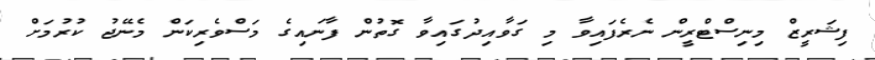
ފިޝަރީޒް މިނިސްޓްރީން ނެރެފައިވާ މި ގަވާއިދުގައިވާ ގޮތުން ފާނައިގެ މަސްވެރިކަން މެނޭޖު ކުރުމަށް